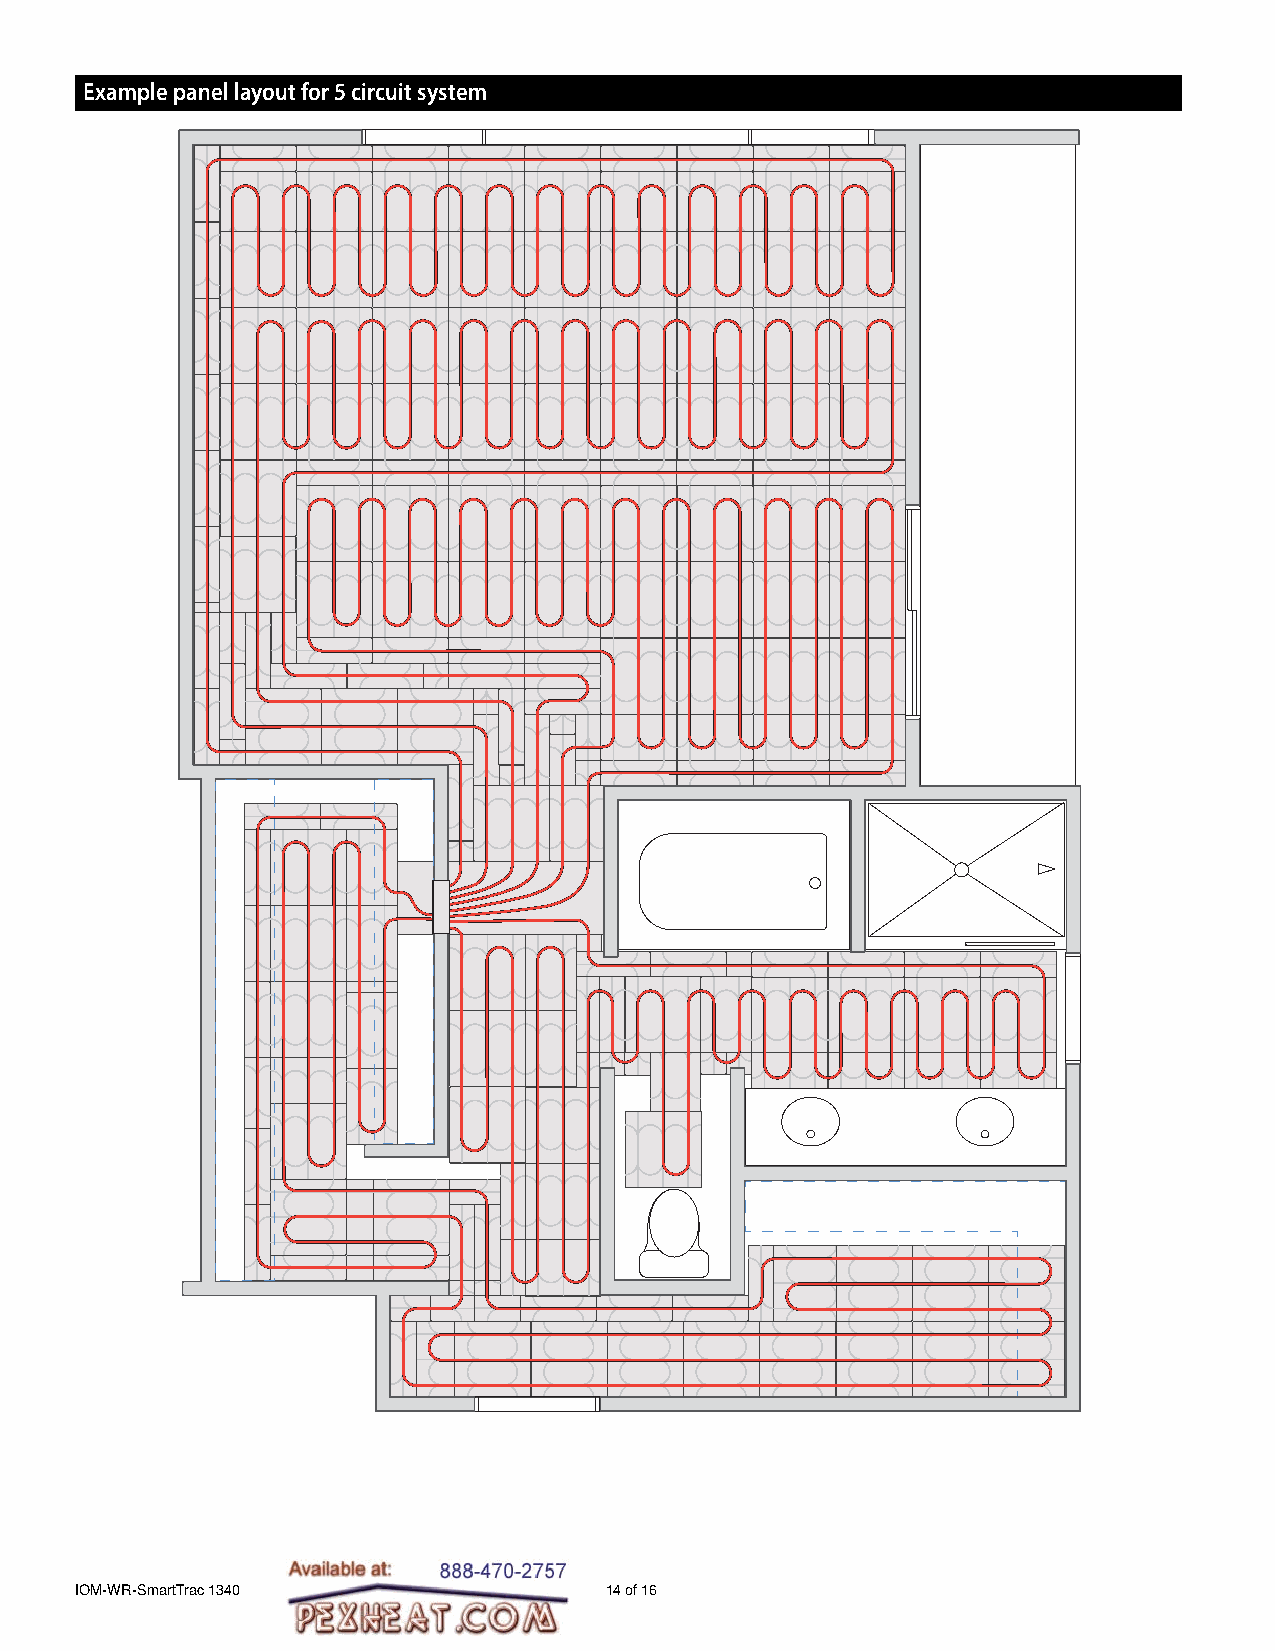
Example panel layout for 5 circuit system
 IOM-WR-SmartTrac 1340              14 of 16